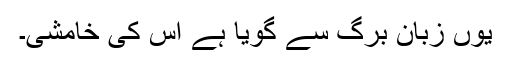
یوں زبانِ برگ سے گویا ہے اس کی خامشی۔